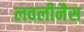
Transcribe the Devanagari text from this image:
लवलीनैस